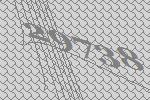
29738